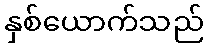
နှစ်ယောက်သည်